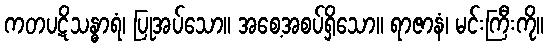
ကတပဋိသန္ဓာရံ၊ ပြုအပ်သော။ အစေ့အစပ်ရှိသော။ ရာဇာနံ၊ မင်းကြီးကို။